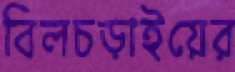
বিলচড়াইয়ের